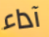
آداء